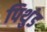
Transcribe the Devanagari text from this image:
पिथुंड